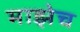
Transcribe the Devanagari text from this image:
माझेच